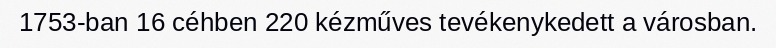
1753-ban 16 céhben 220 kézműves tevékenykedett a városban.